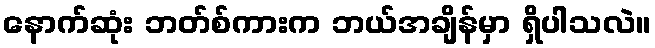
နောက်ဆုံး ဘတ်စ်ကားက ဘယ်အချိန်မှာ ရှိပါသလဲ။